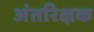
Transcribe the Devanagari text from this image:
अंतरिक्षक